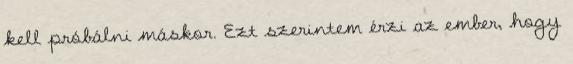
kell próbálni máskor. Ezt szerintem érzi az ember, hogy